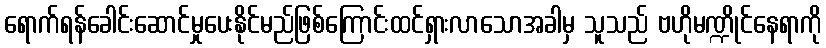
ရောက်ရန်ခေါင်းဆောင်မှုပေးနိုင်မည်ဖြစ်ကြောင်းထင်ရှားလာသောအခါမှ သူသည် ဗဟိုမဏ္ဍိုင်နေရာကို